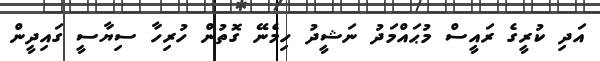
އަދި ކުރީގެ ރައީސް މުޙައްމަދު ނަޝީދު ހިމެނޭ ގޮތުން ހުރިހާ ސިޔާސީ ގައިދީން